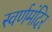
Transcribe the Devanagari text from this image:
स्वर्णमंदिर